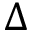
\Delta